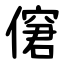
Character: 僒